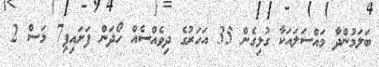
ބަލަމުންދާ މައްސަލައަކާ ގުޅިގެން 35 އަހަރުގެ ދިވެއްސެއް ހޯދަން ފަށައިފި7 މަސް 2